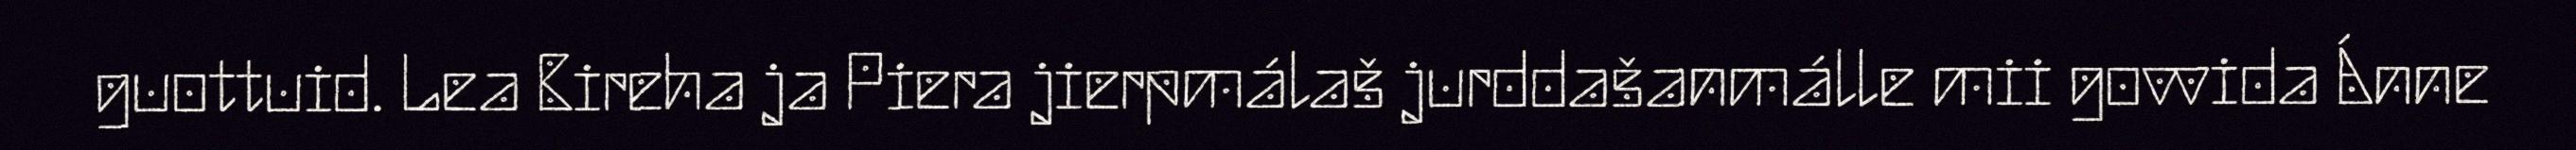
guottuid. Lea Bireha ja Piera jierpmálaš jurddašanmálle mii govvida Ánne